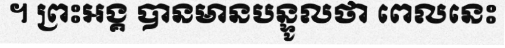
។ ព្រះអង្គ បានមានបន្ទូលថា ពេលនេះ